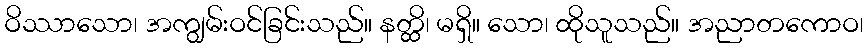
ဝိဿာသော၊ အကျွမ်းဝင်ခြင်းသည်။ နတ္ထိ၊ မရှိ။ သော၊ ထိုသူသည်။ အညာတကောဝ၊